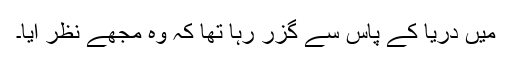
میں دریا کے پاس سے گزر رہا تھا کہ وہ مجھے نظر آیا۔